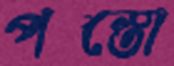
পস্তো